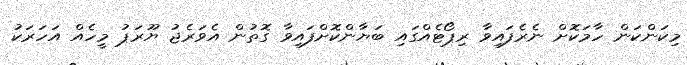
މިކަންކަން ހާމަކޮށް ނެރެފައިވާ ރިޕޯޓެއްގައި ބަޔާންކޮށްފައިވާ ގޮތުން އެވަރެޖު ޔޫރަޕު މީހެއް އަހަރަކު